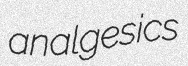
analgesics